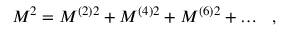
M ^ { 2 } = M ^ { ( 2 ) 2 } + M ^ { ( 4 ) 2 } + M ^ { ( 6 ) 2 } + \dots \ \ ,